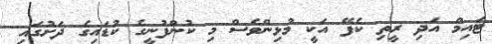
ޓައިމް އަދި ރީތި ކެފޭ އަކީ މުޅިންވެސް މި ކުންފުނީގެ ކުޑައިގެ ދަށުގައި